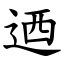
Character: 迺